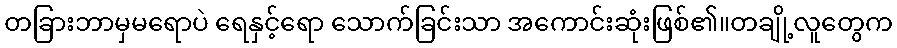
တခြားဘာမှမရောပဲ ရေနှင့်ရော သောက်ခြင်းသာ အကောင်းဆုံးဖြစ်၏။တချို့လူတွေက